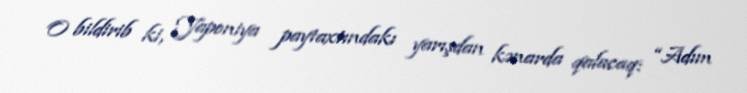
O bildirib ki, Yaponiya paytaxtındakı yarışdan kənarda qalacaq: “Adım